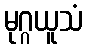
မုဂ္ဂယူသံ